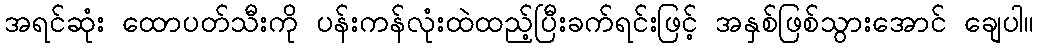
အရင်ဆုံး ထောပတ်သီးကို ပန်းကန်လုံးထဲထည့်ပြီးခက်ရင်းဖြင့် အနှစ်ဖြစ်သွားအောင် ချေပါ။